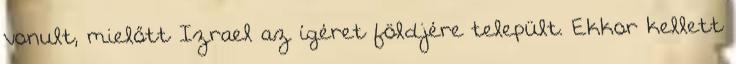
vonult, mielőtt Izrael az ígéret földjére települt. Ekkor kellett